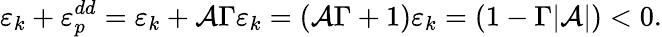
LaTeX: \varepsilon_{k}+\varepsilon_{p}^{dd}=\varepsilon_{k}+{\cal A}\Gamma\varepsilon_{k}=({\cal A}\Gamma+1)\varepsilon_{k}=(1-\Gamma|{\cal A}|)<0.